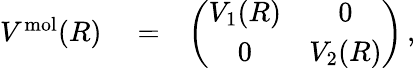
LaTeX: \begin{array}{rlr}{V^{\mathrm{mol}}(R)}&{{}=}&{\left(\begin{array}{cc}{V_{1}(R)}&{0}\\ {0}&{V_{2}(R)}\end{array}\right)\, ,}\end{array}